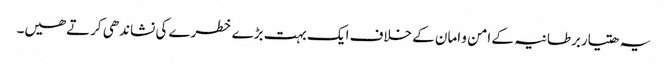
یہ ھتیاربرطانیہ کے امن و امان کے خلاف ایک بہت بڑے خطرے کی نشاندھی کرتےھیں۔